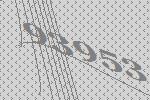
93953